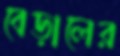
বেড়ালের